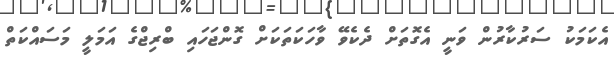
އެކަމަކު ސަރުކާރުން ވަނީ އެގޮތަށް ދެކެވޭ ވާހަކަތަކަށް ގޮންޖަހައި ބްރިޖްގެ އަމަލީ މަސައްކަތް